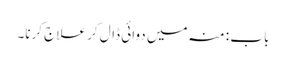
باب : منہ میں دوائی ڈال کر علاج کرنا۔